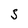
Character: S